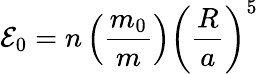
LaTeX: {\cal E}_{0}=n\left(\frac{m_{0}}{m}\right)\left(\frac{R}{a}\right)^{5}